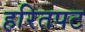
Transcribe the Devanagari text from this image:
हरितपट